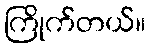
ကြိုက်တယ်။